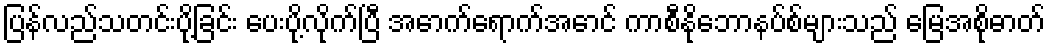
ပြန်လည်သတင်းပို့ခြင်း ပေးပို့လိုက်ပြီ အောက်ရောက်အောင် ကာစီနိုဘောနပ်စ်များသည် မြေအစိုဓာတ်